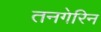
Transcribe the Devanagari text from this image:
तनगेरिन